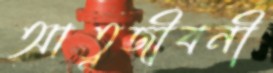
আত্নজীবনী